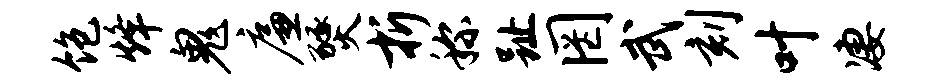
饱烽鬼廉燹折称趾罔武刻叶凄